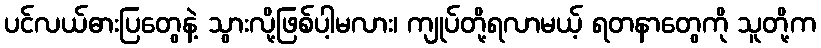
ပင်လယ်ဓားပြတွေနဲ့ သွားလို့ဖြစ်ပါ့မလား၊ ကျုပ်တို့ရလာမယ့် ရတနာတွေကို သူတို့က